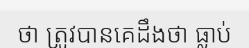
ថា ត្រូវបានគេដឹងថា ធ្លាប់